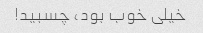
خیلی خوب بود، چسبید!